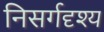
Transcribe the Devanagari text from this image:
निसर्गदृश्य